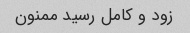
زود و کامل رسید ممنون